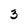
Character: 3